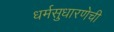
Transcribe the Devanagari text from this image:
धर्मसुधारणेची